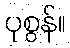
ပုစွန်။